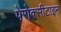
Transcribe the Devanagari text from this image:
पेरोक्सीटाइन